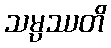
သမ္ပဿတိ